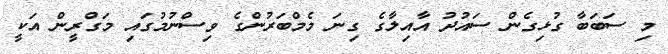
މި ސަބަބާ ގުޅިގެން ސައުދު އާއިލާގެ ގިނަ މެމްބަރުންގެ ވިސްނުމުގައި މަގްރީން އަކީ